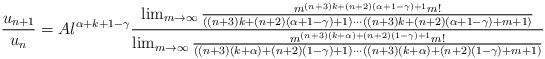
LaTeX: \begin{align*}\frac{u_{n+1}}{u_n}&=Al^{\alpha+k+1-\gamma}\frac{\lim_{m\to\infty}\frac{m^{(n+3)k+(n+2)(\alpha+1-\gamma)+1}m!}{((n+3)k+(n+2)(\alpha+1-\gamma)+1)\cdots((n+3)k+(n+2)(\alpha+1-\gamma)+m+1)}}{\lim_{m\to\infty}\frac{m^{(n+3)(k+\alpha)+(n+2)(1-\gamma)+1}m!}{((n+3)(k+\alpha)+(n+2)(1-\gamma)+1)\cdots((n+3)(k+\alpha)+(n+2)(1-\gamma)+m+1)}}\end{align*}